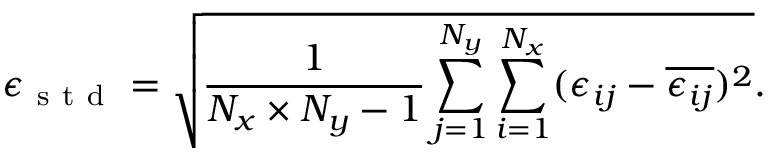
\epsilon _ { \mathrm { ~ s ~ t ~ d ~ } } = \sqrt { \frac { 1 } { N _ { x } \times N _ { y } - 1 } \sum _ { j = 1 } ^ { N _ { y } } \sum _ { i = 1 } ^ { N _ { x } } ( \epsilon _ { i j } - \overline { { \epsilon _ { i j } } } ) ^ { 2 } } .